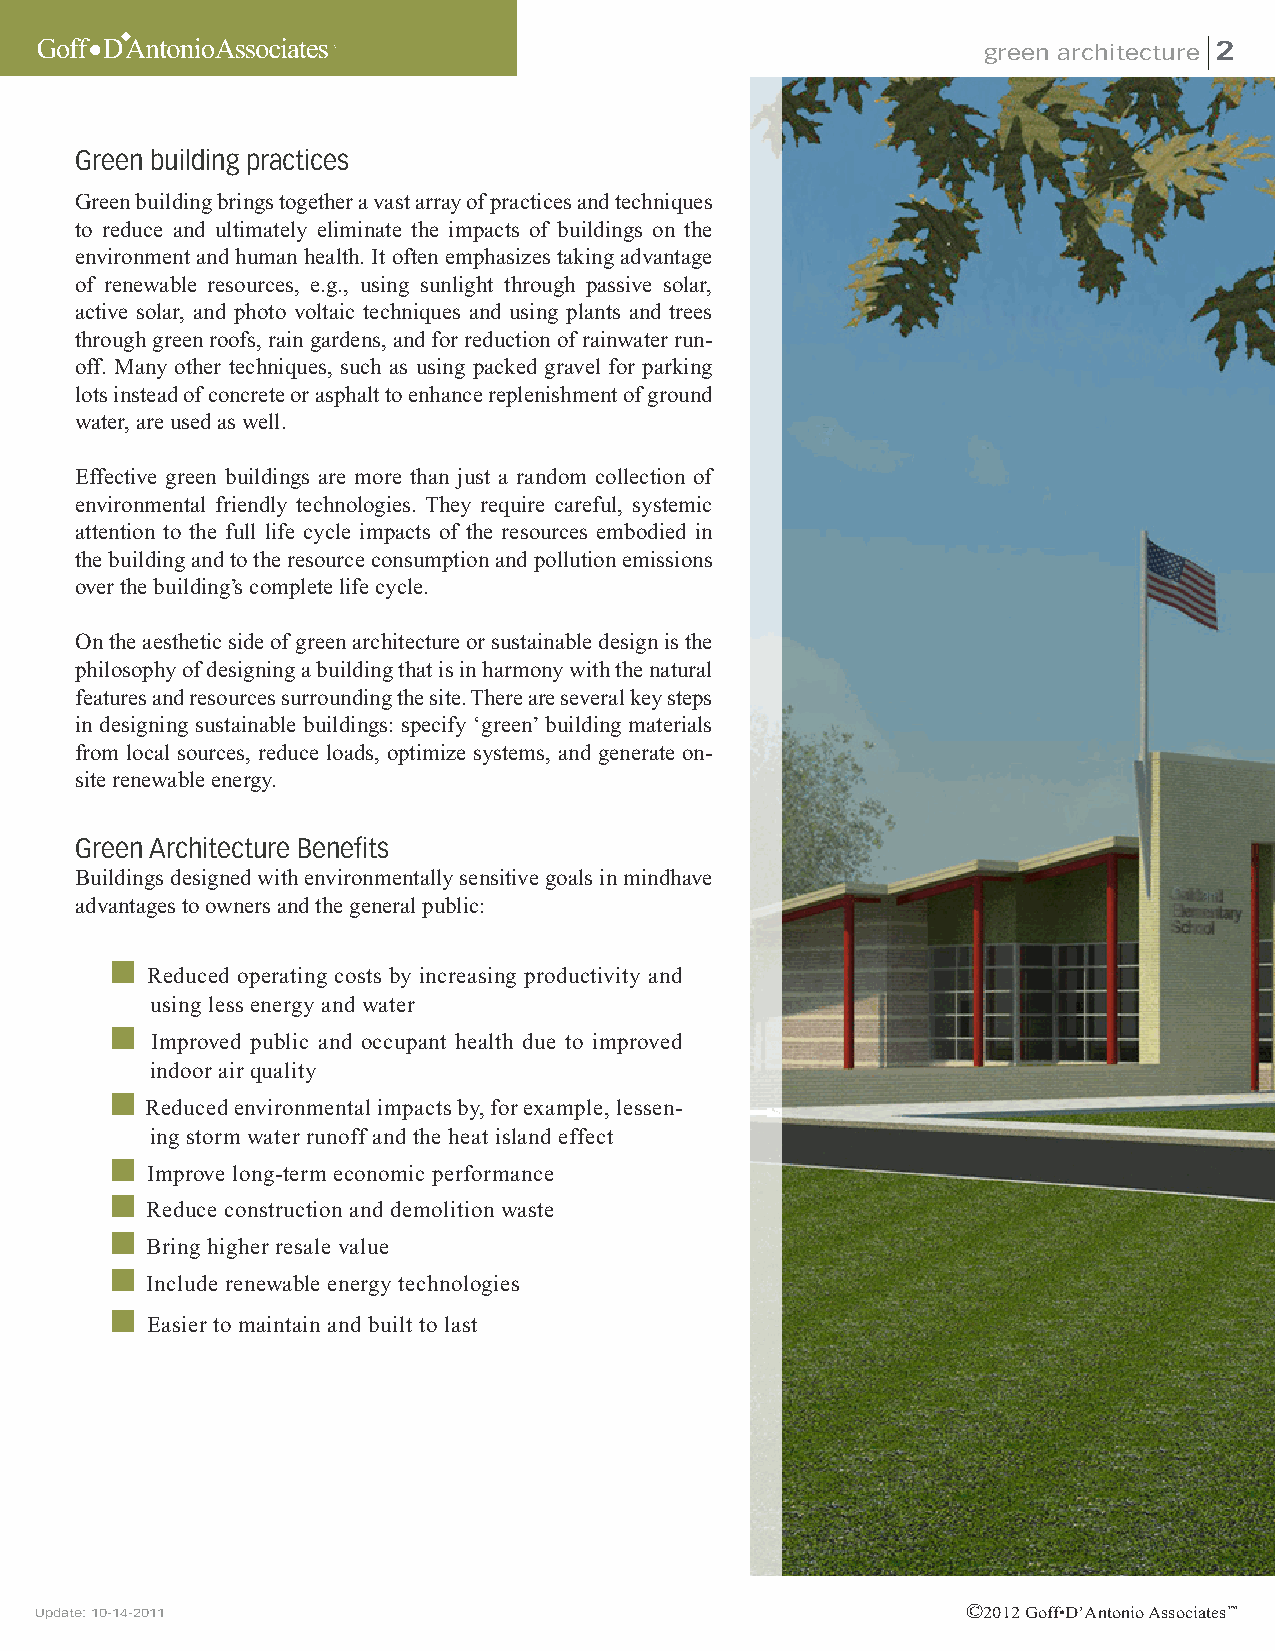
green architecture 2
 Green building practices
 Green building brings together a vast array of practices and techniques
 to reduce and ultimately eliminate the impacts of buildings on the
 environment and human health. It often emphasizes taking advantage
 of renewable resources, e.g., using sunlight through passive solar,
 active solar, and photo voltaic techniques and using plants and trees
 through green roofs, rain gardens, and for reduction of rainwater run-
 off. Many other techniques, such as using packed gravel for parking
 lots instead of concrete or asphalt to enhance replenishment of ground
 water, are used as well.
 Effective green buildings are more than just a random collection of
 environmental friendly technologies. They require careful, systemic
 attention to the full life cycle impacts of the resources embodied in
 the building and to the resource consumption and pollution emissions
 over the building’s complete life cycle.
 On the aesthetic side of green architecture or sustainable design is the
 philosophy of designing a building that is in harmony with the natural
 features and resources surrounding the site. There are several key steps
 in designing sustainable buildings: specify ‘green’ building materials
 from local sources, reduce loads, optimize systems, and generate on-
 site renewable energy.
 Green Architecture Benefits
 Buildings designed with environmentally sensitive goals in mindhave
 advantages to owners and the general public:
 Reduced operating costs by increasing productivity and
 using less energy and water
 Improved public and occupant health due to improved
 indoor air quality
 Reduced environmental impacts by, for example, lessen-
 ing storm water runoff and the heat island effect
 Improve long-term economic performance
 Reduce construction and demolition waste
 Bring higher resale value
 Include renewable energy technologies
 Easier to maintain and built to last
 Update: 10-14-2011                                            ©2012 Goff•D’Antonio Associates™